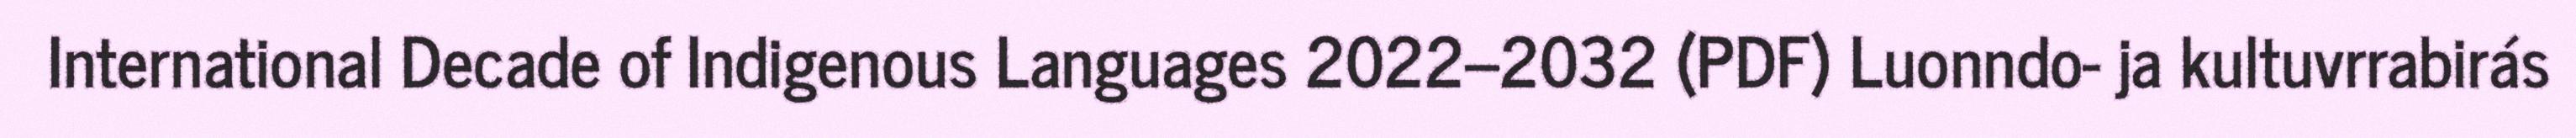
International Decade of Indigenous Languages 2022–2032 (PDF) Luonndo- ja kultuvrrabirás